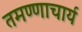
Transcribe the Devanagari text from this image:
तमण्णाचार्य